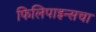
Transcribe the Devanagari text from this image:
फिलिपाइन्सचा